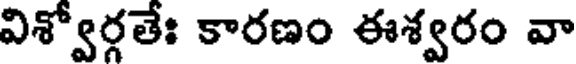
విశ్వోర్గతేః కారణం ఈశ్వరం వా